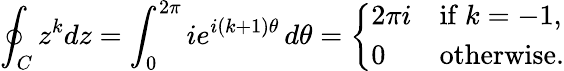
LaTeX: \oint_{C}z^{k}dz=\int_{0}^{2\pi}ie^{i(k+1)\theta}\, d\theta={\left\{ \begin{array}{ll}{2\pi i}&{{\mathrm{if~}}k=-1,}\\ {0}&{{\mathrm{otherwise}}.}\end{array}\right.}